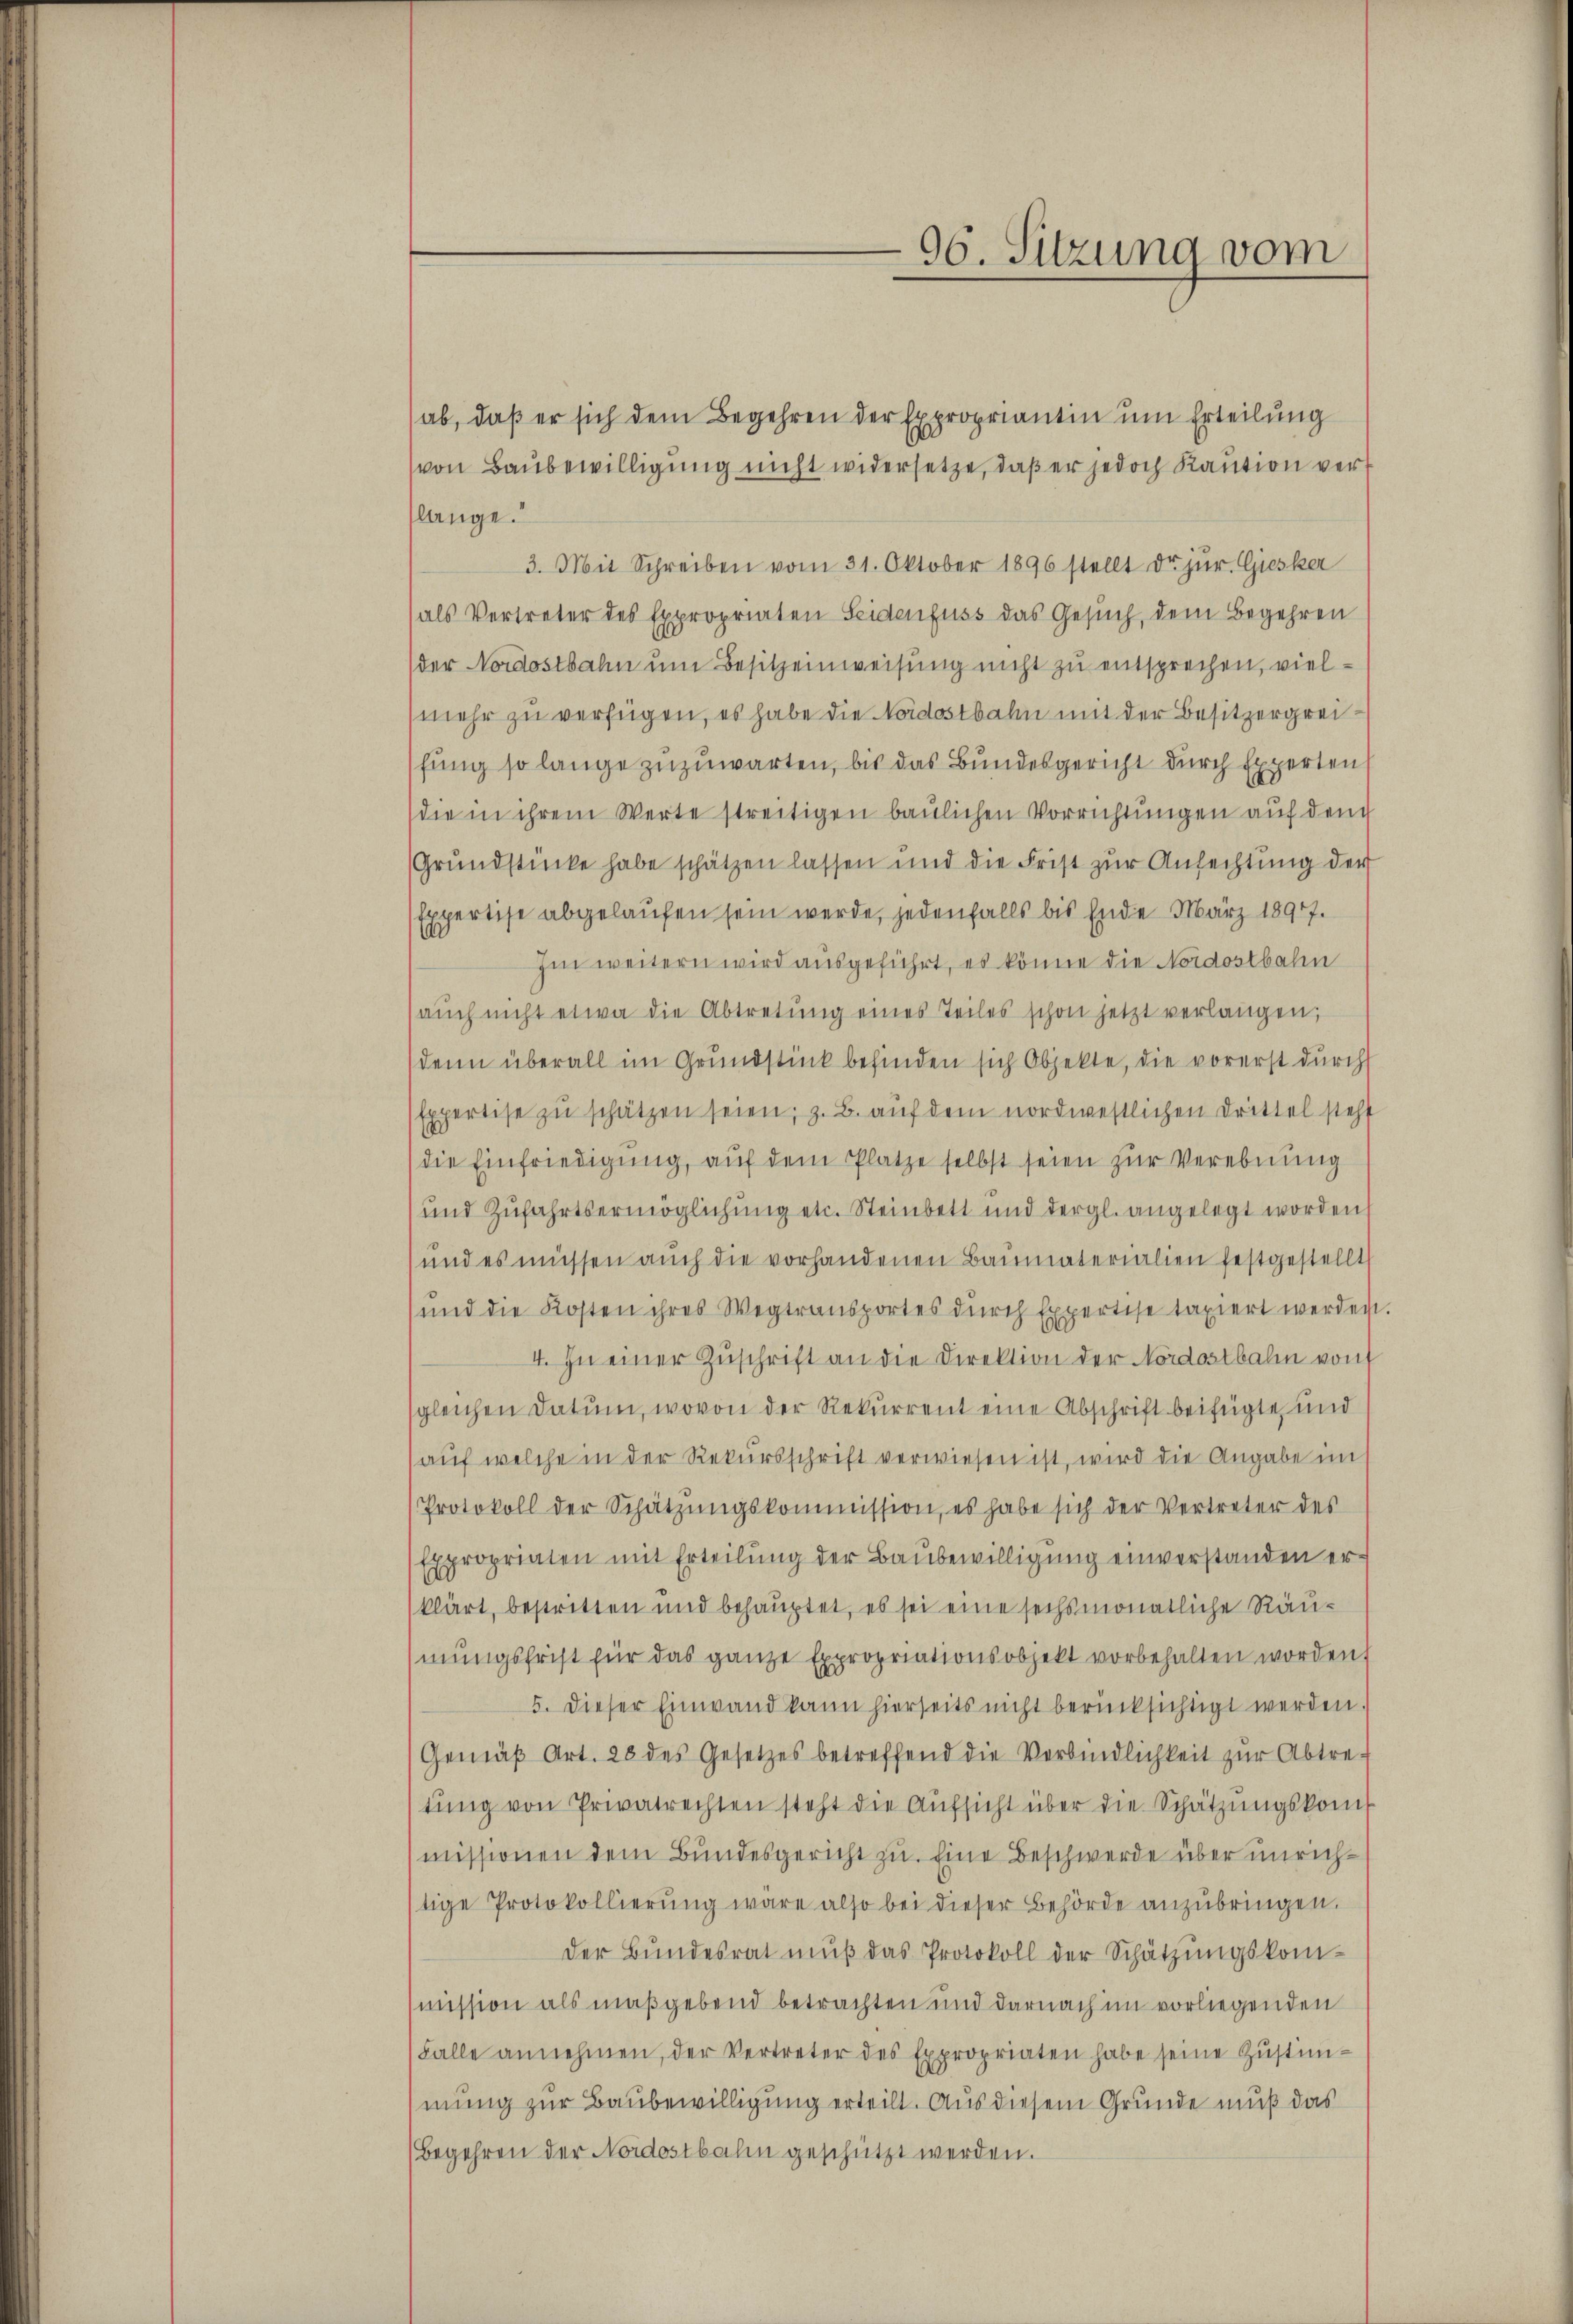
96. Sitzung vom

(ab, daß er sich dem Begehren der Expropriantin um Erteilung
von Baŭbewilligung nicht widersetze, daß er jedoch Kaution verlange.
3. Mit Schreiben vom 31. Oktober 1896 stellt de jur. Giesker
(als Vertreter des Expropriaten Seidenfuss das Gesuch, dem Begehren
der Nordostbahn um Besitzeinweisung nicht zu entsprechen, viel¬
(mehr zu verfügen, es habe die Nordostbahn mit der Besitzergreifung so lange zuzuwarten, bis das Bundesgericht durch Experten
die in ihrem Werte streitigen baulichen Vorrichtungen auf dem
Grŭndstücke habe schätzen lassen und die Frist zŭr Anfechtung der
Expertise abgelaufen sein werde, jedenfalls bis Ende März 18917.
Im weitern wird ausgeführt, es könne die Nordostbahn
aŭch nicht etwa die Abtretŭng eines Teiles schon jetzt verlangen,
denn überall im Grundstück befinden sich Objekte, die vorerst durch
Expertise zŭ schätzen seien; z. B. auf dem nordwestlichen Drittel steht
die Einfriedigŭng, aŭf dem Platze selbst seien zŭr Verebnung
und Zufahrts ermöglichung etc. Steinbett und dergl. angelegt worden
und es müssen aŭch die vorhandenen Baumaterialien festgestellt
und die Kosten ihres Wegtransportes durch Expertise taxiert werden
4. In einer Zuschrift an die Direktion der Nordostbahn von
gleichen Datum, wovon der Rekurrent eine Abschrift beifügte, und
auf welche in der Rekursschrift verwiesen ist, wird die Angabe im
Protokoll der Schätzŭngskommission, es habe sich der Vertreter des
Expropriaten mit Erteilung der Baubewilligung einverstanden erklärt, bestritten und behauptet, es sei eine sechsmonatliche Räumungsfrist für das ganze Expropriationsobjekt vorbehalten worden.
5. Dieser Einwand kann hierseits nicht berücksichtigt werden.
Gemäβ Art. 28 des Gesetzes betreffend die Verbindlichkeit zur Abtretŭng von Privatrechten steht die Aŭfsicht über die Schätzŭngskom
missionen dem Bundesgericht zu. Eine Beschwerde über unrichtige Protokollierung wäre also bei dieser Behörde anzubringen.
der Bŭndesrat mŭβ das Protokoll der Schätzungskommission als maßgebend betrachten und darnach im vorliegenden
Falle annehmen, der Vertreter des Expropriaten habe seine Zustimmung zur Baubewilligung erteilt. Aus diesem Grunde muß das
Begehren der Nordostbahn geschützt werden.